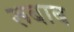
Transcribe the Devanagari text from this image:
रूबाब